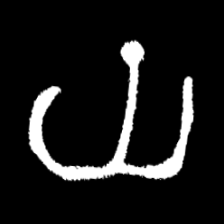
Pyu character \u2014 Myanmar letter: ယ (romanized: ya)